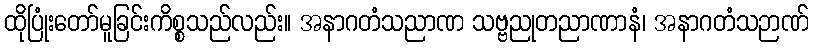
ထိုပြုံးတော်မူခြင်းကိစ္စသည်လည်း။ အနာဂတံသညာဏ သဗ္ဗညုတညာဏာနံ၊ အနာဂတံသဉာဏ်